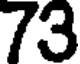
73